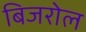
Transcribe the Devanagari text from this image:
बिजरोल